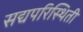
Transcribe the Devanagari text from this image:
सद्यपरिस्थिती